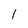
Character: 1